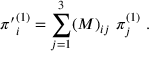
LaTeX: { \pi ^ { \prime } } _ { i } ^ { ( 1 ) } = \sum _ { j = 1 } ^ { 3 } ( M ) _ { i j } ~ \pi _ { j } ^ { ( 1 ) } ~ .